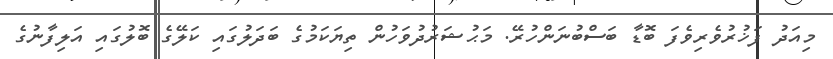
މިއަދު ފަޚުރުވެރިވެފަ ބޮޑާ ބަސްބުނަންހުރޭ. މަޙުޝަރުދުވަހުން ތިޔަކަމުގެ ބަދަލުގައި ކަލޭގެ ބޮލުގައި އަލިފާނުގެ